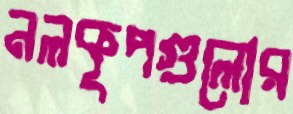
নলকূপগুলোর